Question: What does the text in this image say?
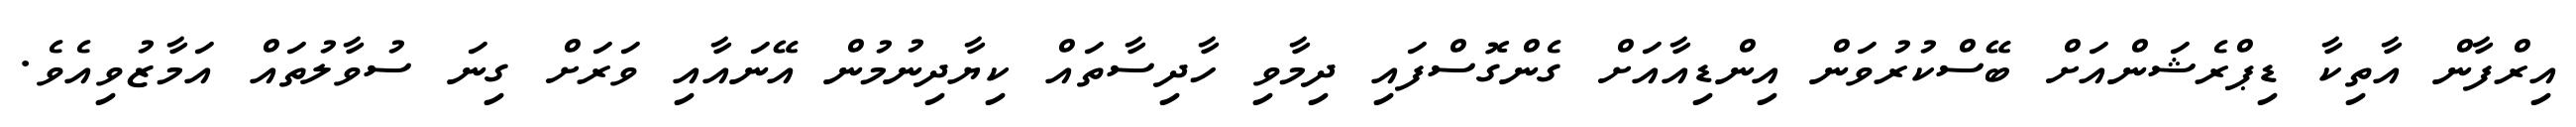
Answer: އިރްފާން އާތިކާ ޑިޕްރެޝަންއަށް ބޭސްކުރުވަން އިންޑިއާއަށް ގެންގޮސްފައި ދިމާވި ހާދިސާތައް ކިޔާދިނުމުން އޭނައާއި ވަރަށް ގިނަ ސުވާލުތައް އަމާޒުވިއެވެ.